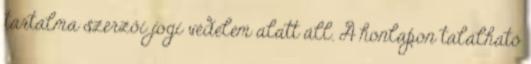
tartalma szerzői jogi védelem alatt áll. A honlapon található